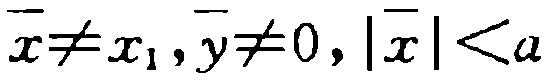
\(\overline{x}\neq x_{1},\overline{y}\neq0,|\overline{x}|\lt a\)